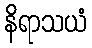
နိရာသယံ